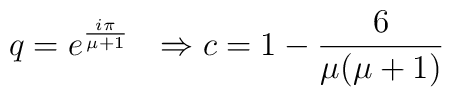
q = e^{\frac{i\pi}{\mu + 1}}  \ \ \Rightarrow \\  c = 1 - \frac{6}{\mu (\mu + 1)}